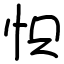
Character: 怾